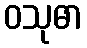
ဝသုဓာ